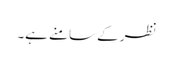
نظر کے سامنے ہے۔